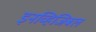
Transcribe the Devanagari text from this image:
इनव्हिजिबल